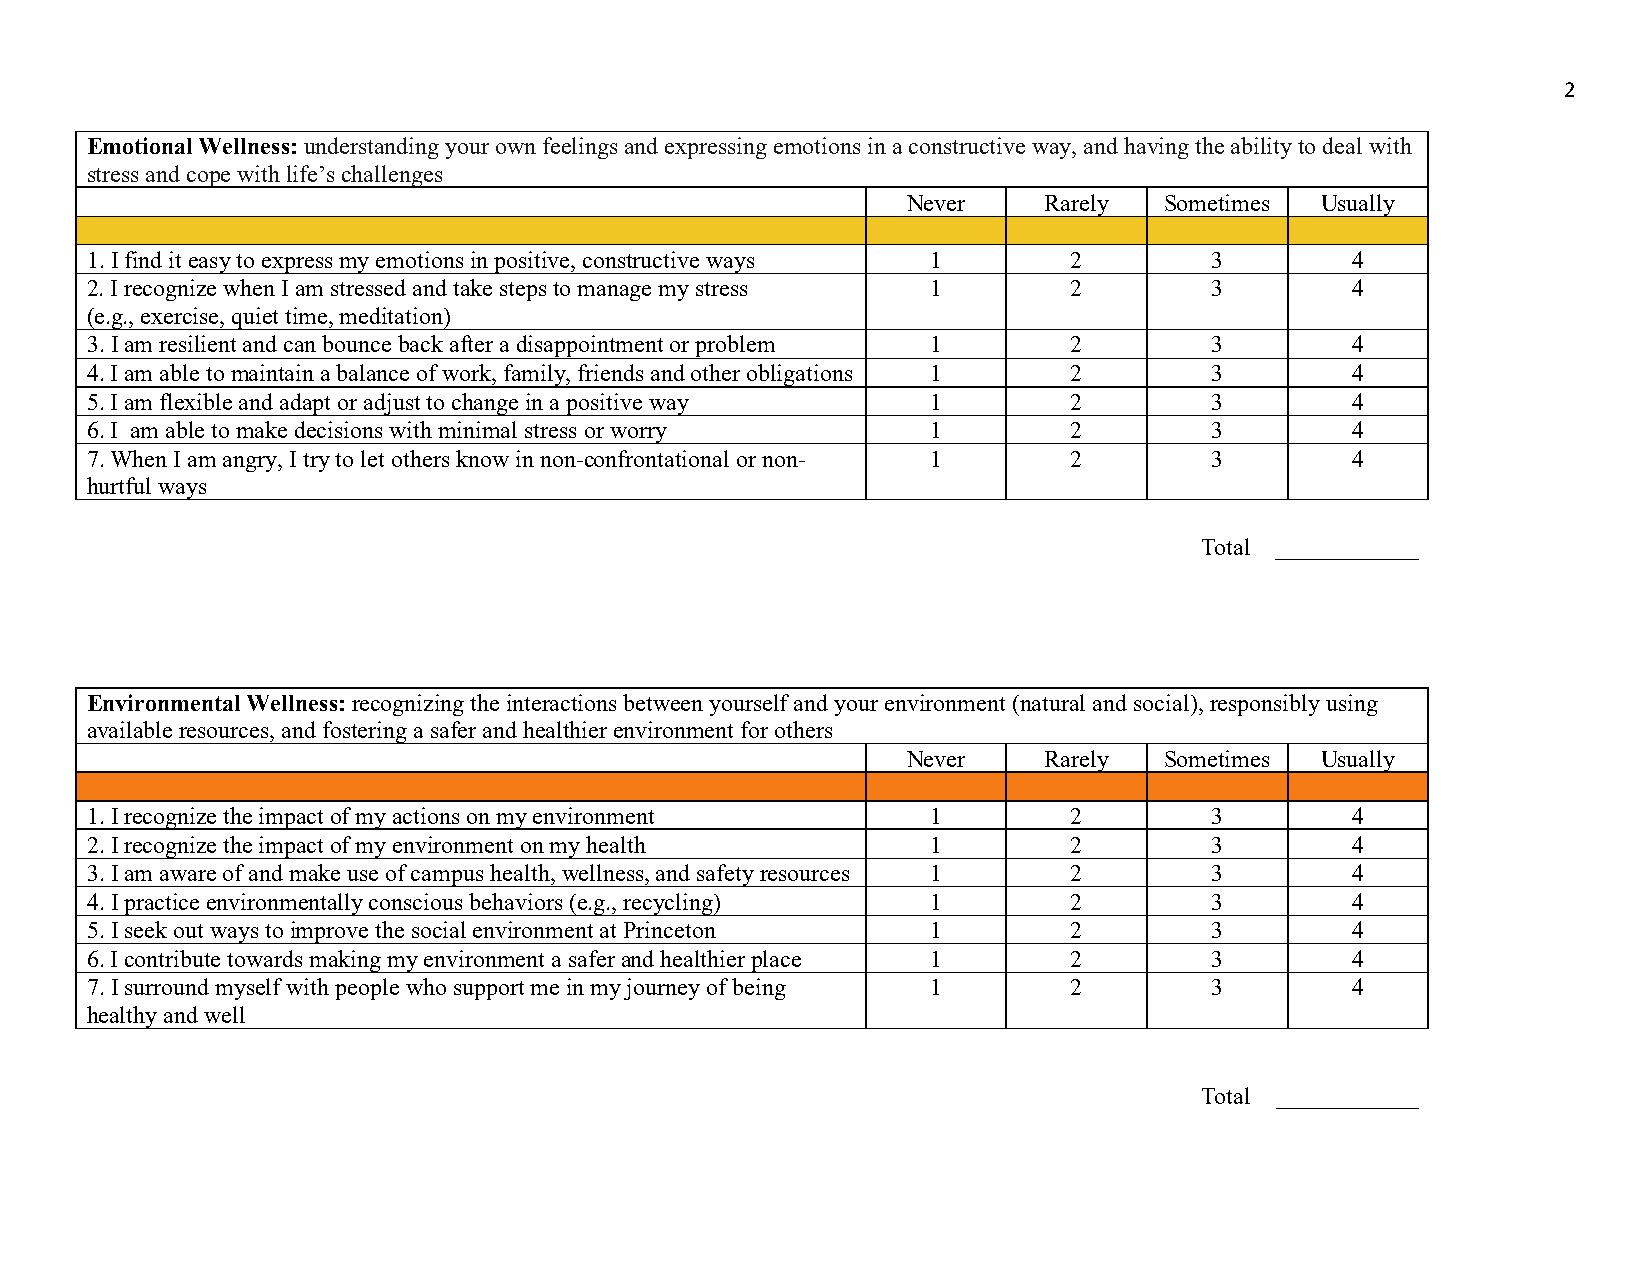
2
 Emotional Wellness: understanding your own feelings and expressing emotions in a constructive way, and having the ability to deal with
 stress and cope with life’s challenges
 Never    Rarely  Sometimes Usually
 1. I find it easy to express my emotions in positive, constructive ways 1 2 3      4
 2. I recognize when I am stressed and take steps to manage my stress 1 2  3        4
 (e.g., exercise, quiet time, meditation)
 3. I am resilient and can bounce back after a disappointment or problem 1 2 3      4
 4. I am able to maintain a balance of work, family, friends and other obligations 1 2 3 4
 5. I am flexible and adapt or adjust to change in a positive way 1 2      3        4
 6. I am able to make decisions with minimal stress or worry 1    2        3        4
 7. When I am angry, I try to let others know in non-confrontational or non- 1 2 3  4
 hurtful ways
 Total ____________
 Environmental Wellness: recognizing the interactions between yourself and your environment (natural and social), responsibly using
 available resources, and fostering a safer and healthier environment for others
 Never    Rarely  Sometimes Usually
 1. I recognize the impact of my actions on my environment 1      2        3        4
 2. I recognize the impact of my environment on my health 1       2        3        4
 3. I am aware of and make use of campus health, wellness, and safety resources 1 2 3 4
 4. I practice environmentally conscious behaviors (e.g., recycling) 1 2   3        4
 5. I seek out ways to improve the social environment at Princeton 1 2     3        4
 6. I contribute towards making my environment a safer and healthier place 1 2 3    4
 7. I surround myself with people who support me in my journey of being 1 2 3       4
 healthy and well
 Total ____________